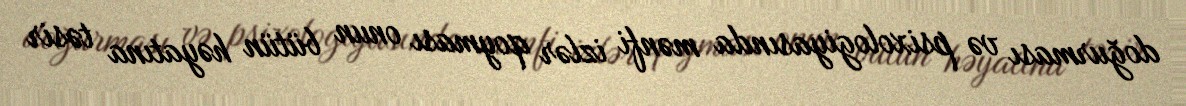
doğurması və psixologiyasında mənfi izlər qoyması onun bütün həyatına təsir